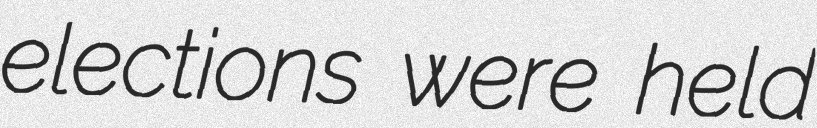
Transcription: elections were held